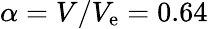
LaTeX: \alpha=V/V_{\mathrm{e}}=0.64